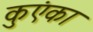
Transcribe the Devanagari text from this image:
कुएंका